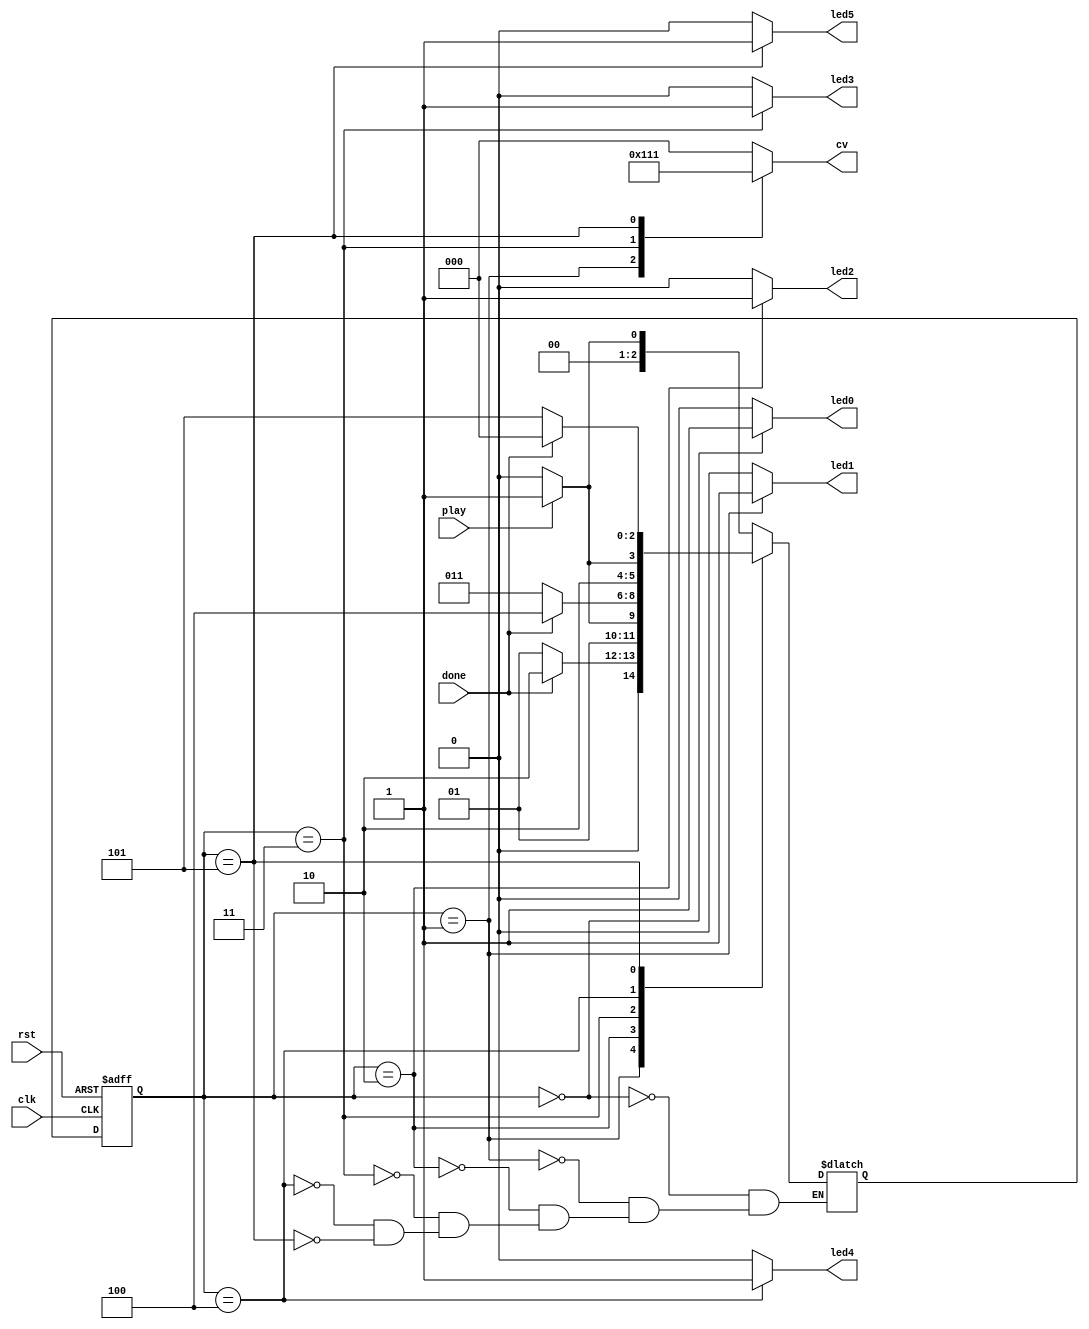
module control_unit(
  input clk,rst,
  input play,done,
  output reg [2:0] cv,
  output reg led0,led1,led2,led3,led4,led5
);
  
  reg [2:0] state,next_state;
  parameter [2:0] S0=0,S1=1,S2=2,S3=3,S4=4,S5=5;
  
  always @(posedge clk,negedge rst)
    begin
      if(rst==0)
        state<=S0;
      else
        state<=next_state;
    end
  
  always @(state,next_state,play,done)
    begin
      cv=0;led0=0;led1=0;led2=0;led3=0;led4=0;led5=0;
      case(state)
        S0: begin
          led0=1;led1=0;led2=0;led3=0;led4=0;led5=0;
          if(play)
            next_state=S1;
          else
            next_state=S0;
        end
        
        S1:begin
          led0=0;led1=1;led2=0;led3=0;led4=0;led5=0;
          cv=3'b100;
          if(done)
            next_state=S2;
          else
            next_state=S1;
        end
        
        S2:begin
          led0=0;led1=0;led2=1;led3=0;led4=0;led5=0;
          if(play)
            next_state=S3;
          else
            next_state=S2;
        end
        
        S3:begin
          led0=0;led1=0;led2=0;led3=1;led4=0;led5=0;
          cv=3'b010;
          if(done)
            next_state=S4;
          else
            next_state=S3;
        end
        
        S4:begin
          led0=0;led1=0;led2=0;led3=0;led4=1;led5=0;
          if(play)
            next_state=S5;
          else
            next_state=S4;
        end
        
        S5:begin
          led0=0;led1=0;led2=0;led3=0;led4=0;led5=1;
          cv=3'b001;
          if(done)
            next_state=S0;
          else
            next_state=S5;
        end
      endcase
    end
endmodule